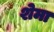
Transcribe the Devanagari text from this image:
शेमा